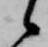
候